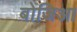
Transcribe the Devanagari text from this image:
बोजिआ